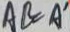
A B = A ^ { \prime }